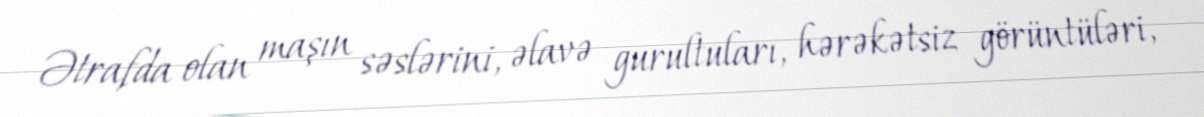
Ətrafda olan maşın səslərini, əlavə gurultuları, hərəkətsiz görüntüləri,